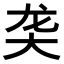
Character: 𬺛